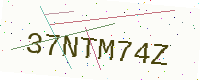
Text: 37NTM74Z